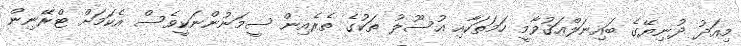
މިއަދު ދުނިޔޭގެ ބައިނަލްއަޤުވާމީ ހަމަތަކާއި އުސޫލު ތަކުގެ ތެރެއިން ސީމަނުންނަކީވެސް އެކަމަށް ޓްރޭނިން